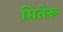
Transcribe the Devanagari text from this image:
मितेरू